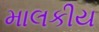
માલકીય